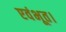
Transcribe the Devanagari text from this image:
एवंभूत।